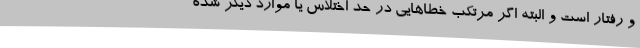
و رفتار است و البته اگر مرتکب خطاهایی در حد اختلاس یا موارد دیگر شده